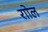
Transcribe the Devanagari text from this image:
राोल